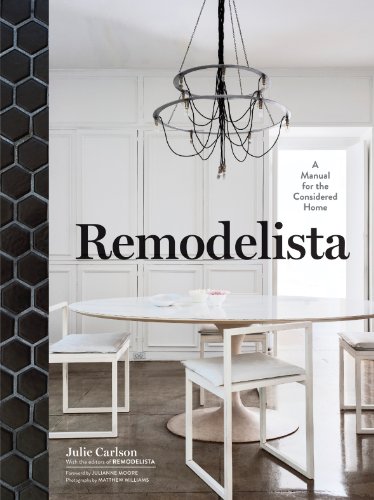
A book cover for Remodelista; Julie Carlson; Crafts, Hobbies & Home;